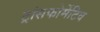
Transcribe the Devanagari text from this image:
ट्रांसफोर्मेटिव